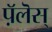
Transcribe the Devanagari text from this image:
प़ॅलॆस्